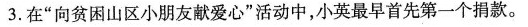
3.在”向贫困山区小朋友献爱心”活动中，小英最早首先第一个捐款。